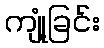
ကျုံ့ခြင်း